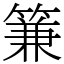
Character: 䈴